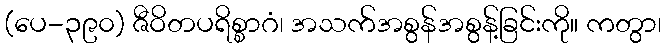
(ပေ-၃၉၀) ဇီဝိတပရိစ္စာဂံ၊ အသက်အစွန်အစွန့်ခြင်းကို။ ကတွာ၊